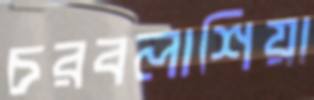
চরবলাশিয়া